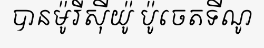
បានម៉ូរីស៊ីយ៉ូ ប៉ូចេតទីណូ